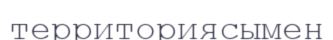
территориясымен